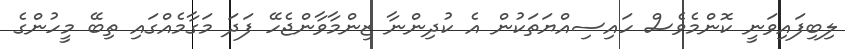
ލިބިފައިވަނީ ކޮންމެވެސް ހައިސިއްޔަތަކުން އެ ކުދިންނާ ޒިންމާވާންޖެހޭ ފަދަ މަގާމެއްގައި ތިބޭ މީހުންގެ